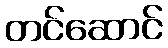
တင်ဆောင်